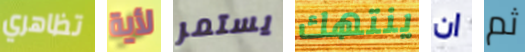
تظاهري لأية يستمر ينتهك ان ثم